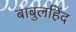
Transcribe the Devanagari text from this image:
बाबुलहिंद